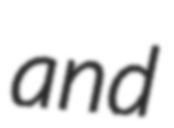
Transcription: and